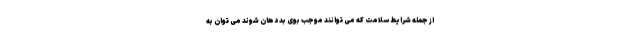
از جمله شرایط سلامت که می توانند موجب بوی بد دهان شوند می توان به